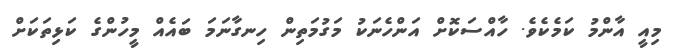
މިއީ އާންމު ކަމެކެވެ. ހާއްސަކޮށް އަންހެނަކު މަގުމަތިން ހިނގާނަމަ ބައެއް މީހުންގެ ކަޅިތަކަށް